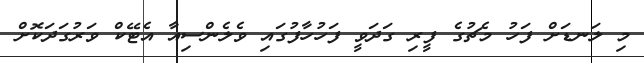
މި ލަނޑަށް ފަހު މެޗުގެ ފީރި ގަދަވީ ފަހުހާފުގައި ވެލެންސިއާ އެޓޭކް ވަރުގަދަކޮށް